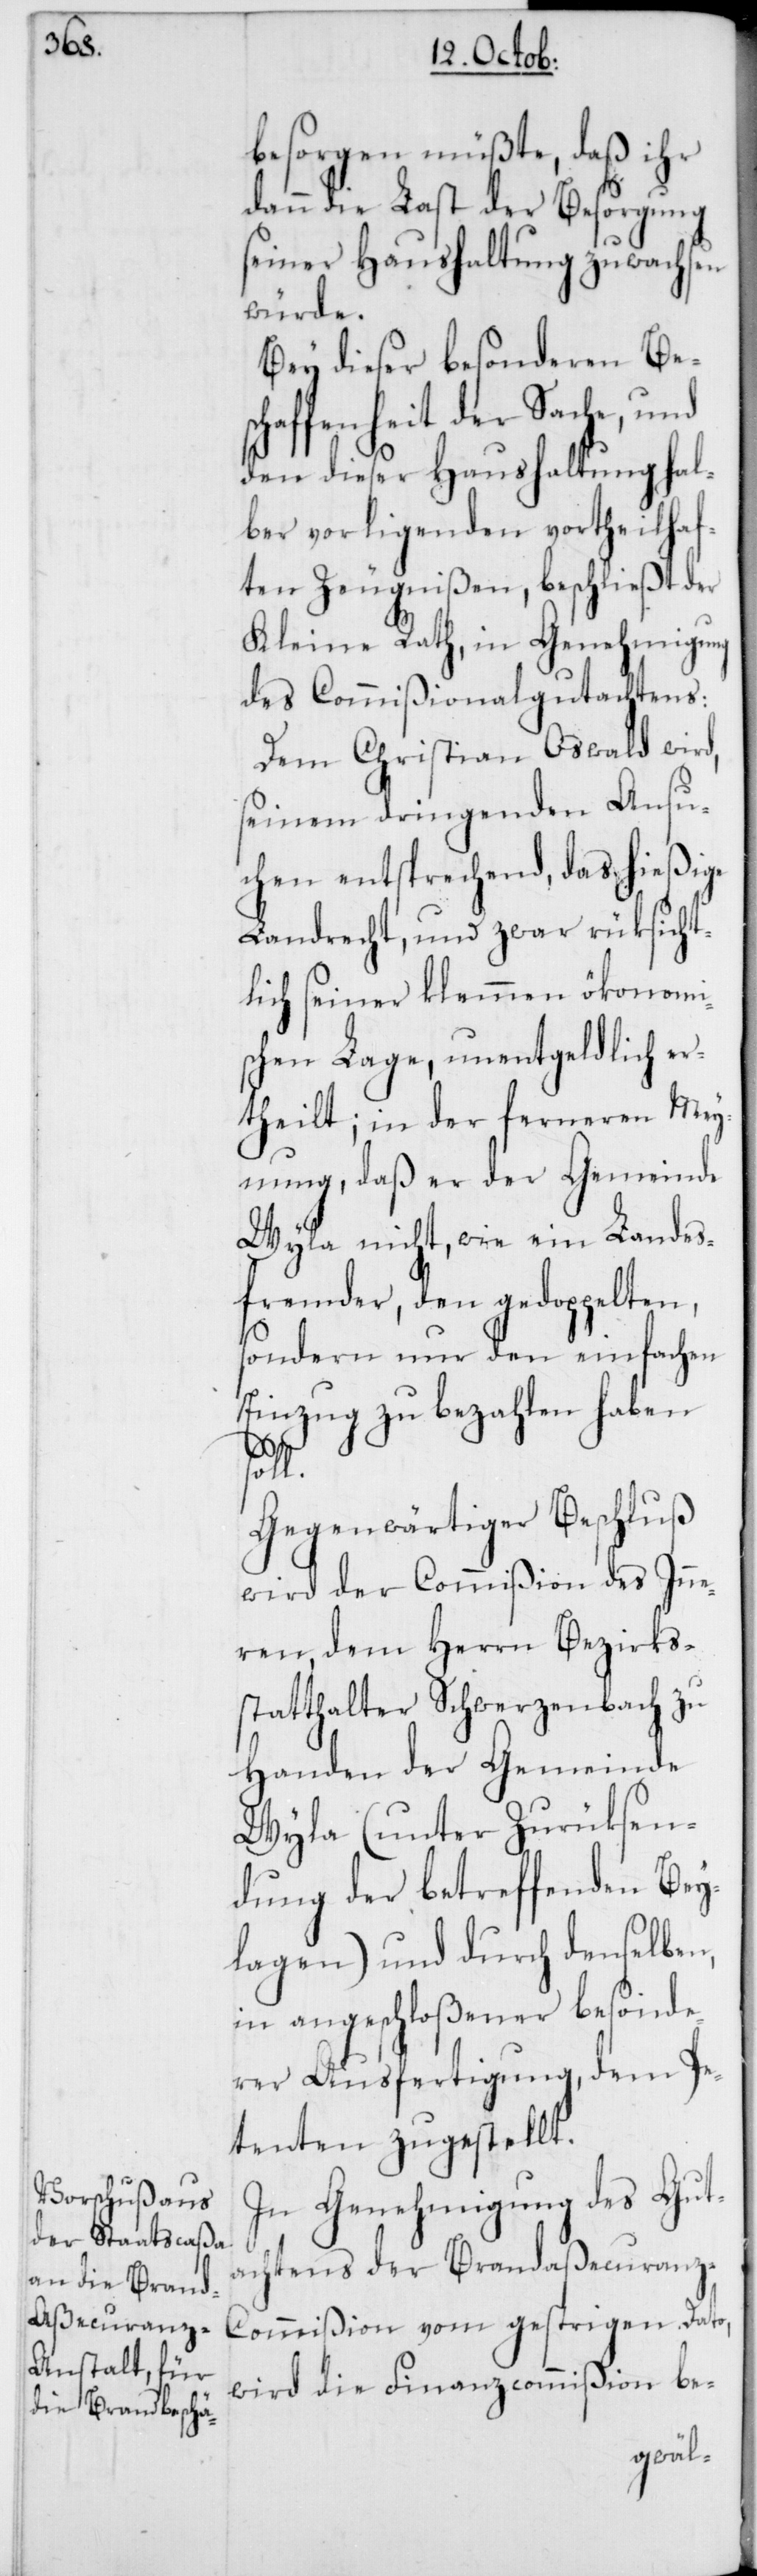
soll.

besorgen müßte, daß ihr
dann die Last der Besorgung
seiner Haushaltung zuwachsen
würde.
Bey dieser besonderen Be¬
schaffenheit der Sache, und
den dieser Haushaltung hal¬
ber vorligenden vortheilhaf¬
ten Zeugnißen, beschließt der
Kleine Rath, in Genehmigung
des Commißionalgutachtens:
Dem Christian Oswald wird,
seinem dringenden Ansu¬
chen entsprechend, das hießige
Landrecht, und zwar rüksicht¬
lich seiner klemmen ökonomi¬
schen Lage, unentgeldlich er¬
theilt; in der ferneren Mey¬
nung, daß er der Gemeinde
Wyla nicht, wie ein Landes¬
fremder, den gedoppelten,
sondern nur den einfachen
Einzug zu bezahlen haben
Gegenwärtiger Beschluß
wird der Commißion des Inne¬
ren, dem Herrn Bezirks¬
statthalter Schwerzenbach zu
Handen der Gemeinde
Wyla (unter Zurüksen¬
dung der betreffenden Bey¬
lagen) und durch denselben,
in angeschloßener besonde¬
rer Ausfertigung, dem Pe¬
tenten zugestellt.
In Genehmigung des Gut¬
achtens der Brandaßecuranz-C¬
ommißion vom gestrigen Dato,
wird die Finanzcommißion be-